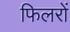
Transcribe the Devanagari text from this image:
फिलरों